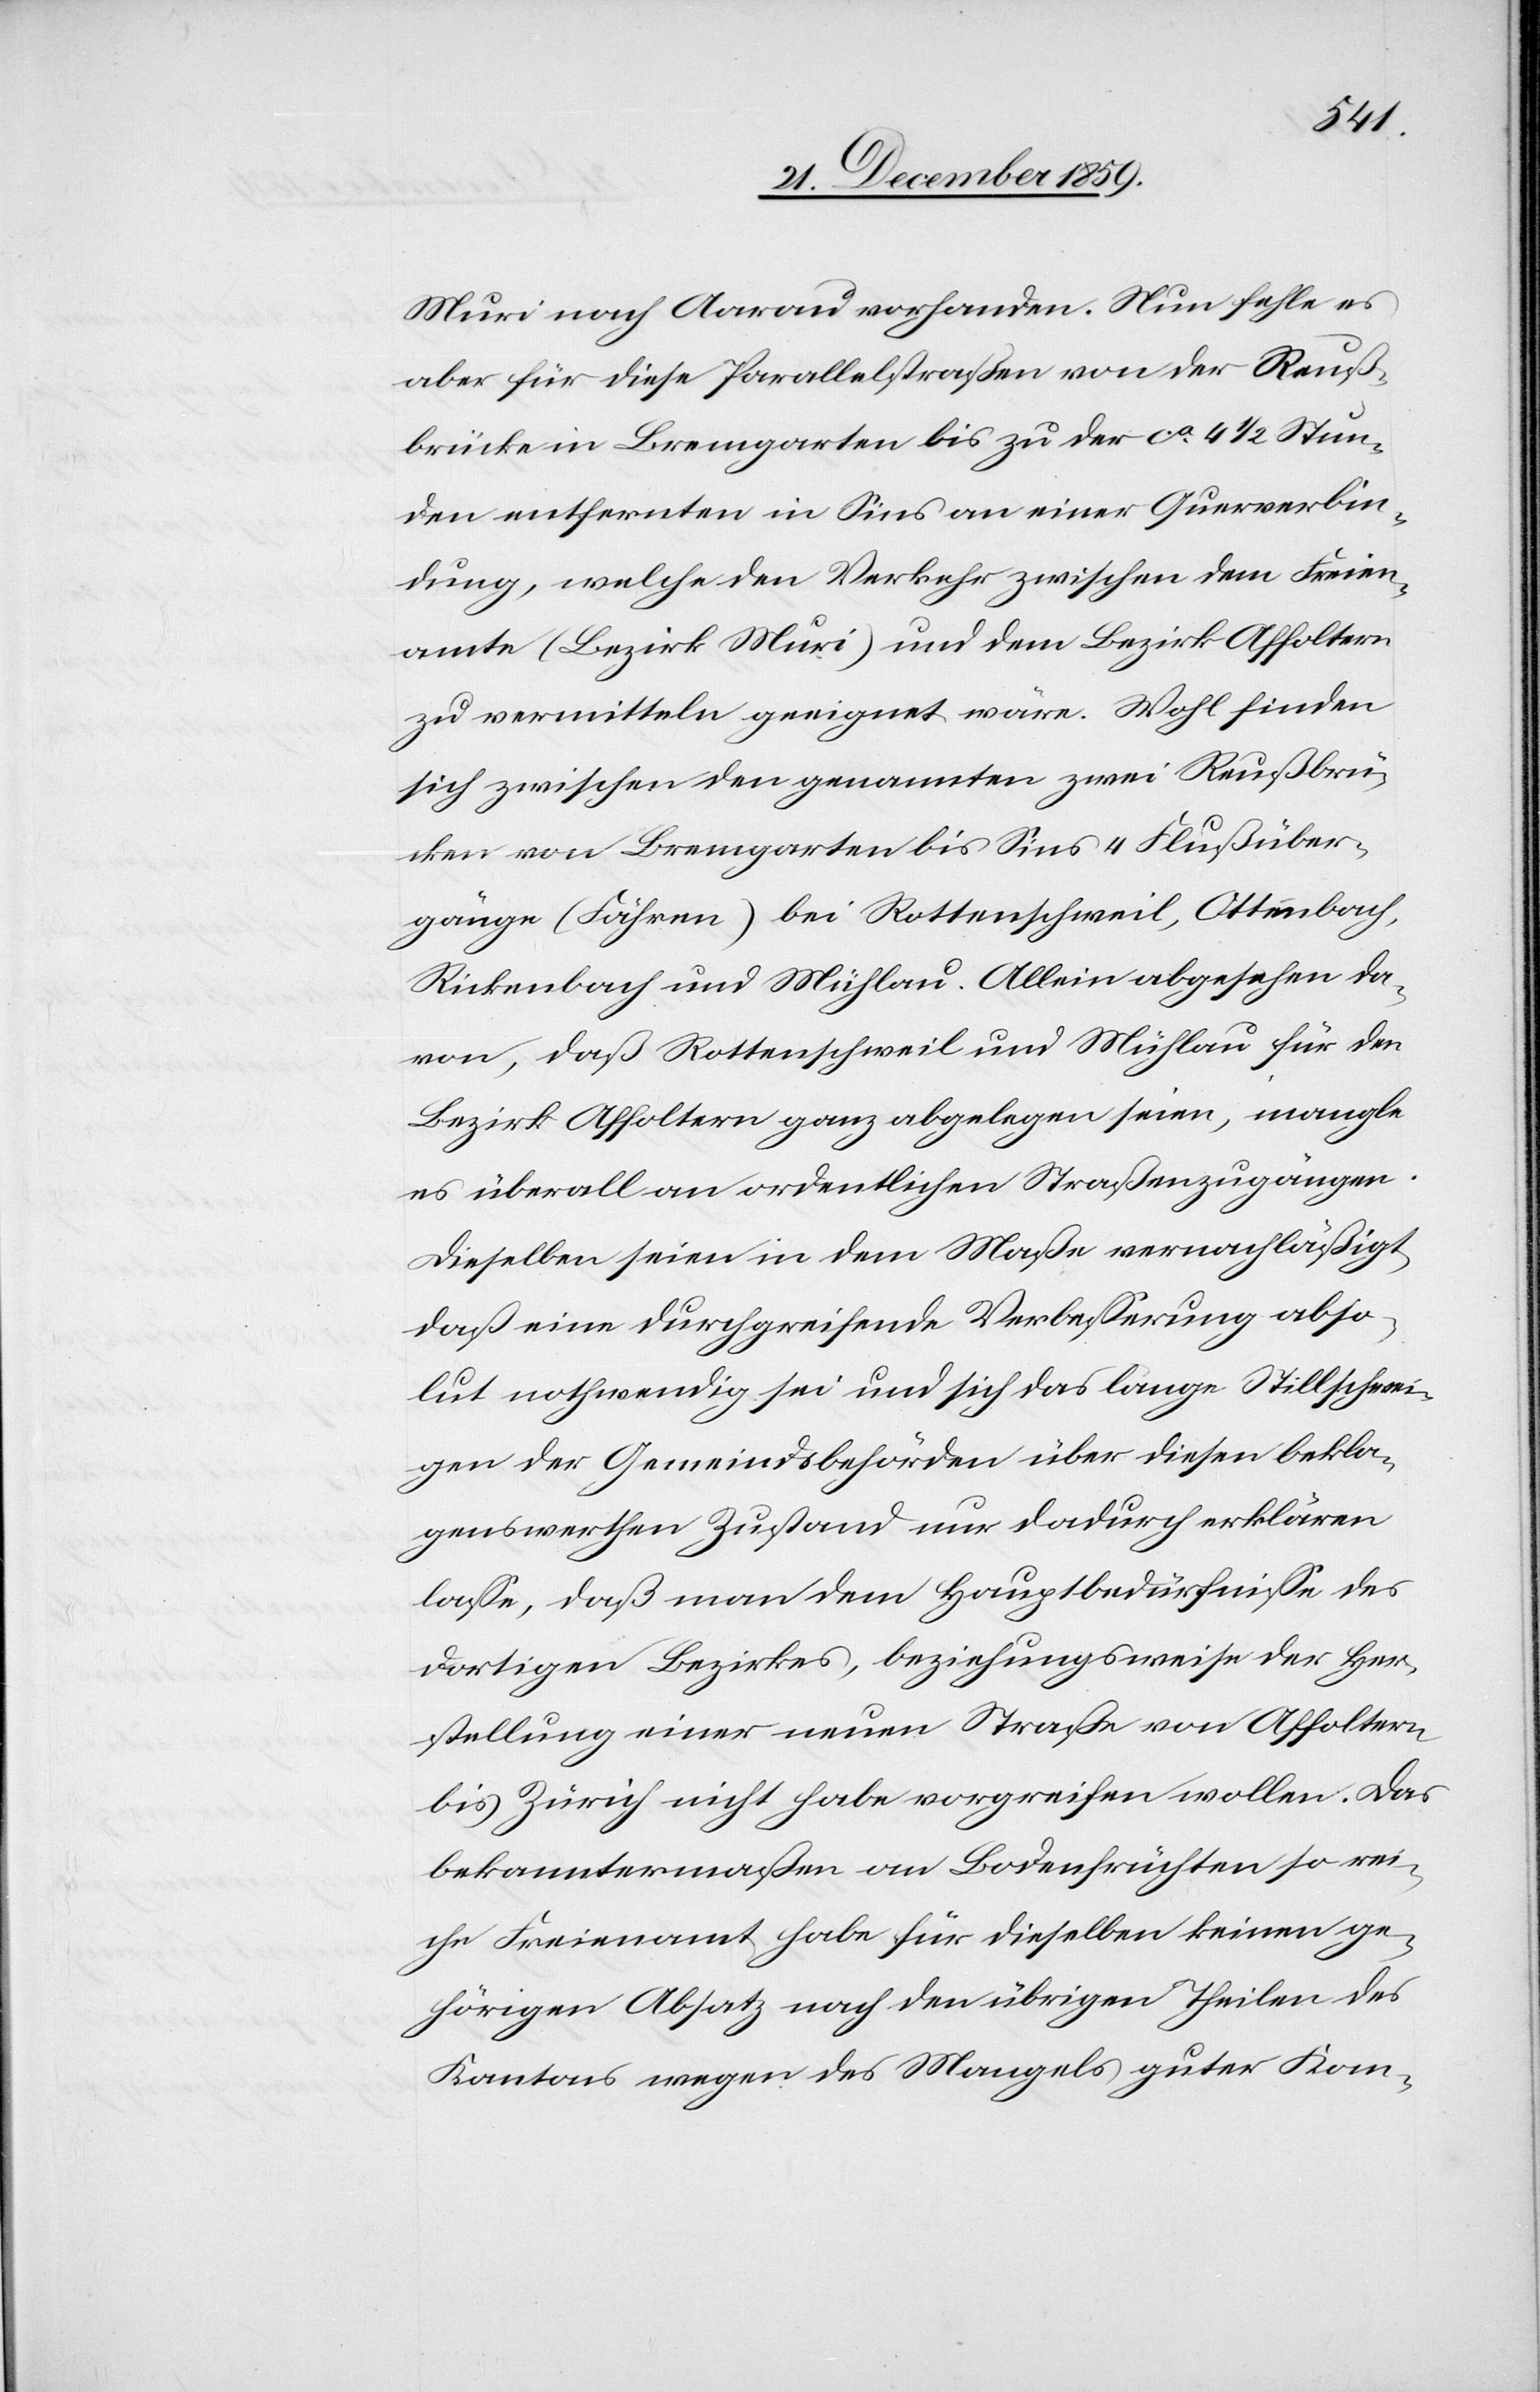
Muri nach Aarau vorhanden. Nun fehle es
aber für diese Parallelstraßen von der Reuß¬
brücke in Bremgarten bis zu der ca. 4 1/2 Stun¬
den entfernten in Sins an einer Querverbin¬
dung, welche der Verkehr zwischen dem Freien¬
amte (Bezirk Muri) und dem Bezirk Affoltern
zu vermitteln geeignet wäre. Wohl finden
sich zwischen den genannten zwei Reußbrü¬
cken von Bremgarten bis Sins 4 Flußüber¬
gänge (Fähren) bei Rottenschweil, Ottenbach,
Rickenbach und Mühlau. Allein abgesehen da¬
von, daß Rottenschweil und Mühlau für den
Bezirk Affoltern ganz abgelegen seien, mangle
es überall an ordentlichen Straßenzugängen.
Dieselben seien in dem Maße vernachläßigt,
daß eine durchgreifende Verbesserung abso¬
lut nothwendig sei und sich das lange Stillschwei¬
gen der Gemeindsbehörden über diesen bekla¬
genswerthen Zustand nur dadurch erklären
lasse, daß man dem Hauptbedürfnisse des
dortigen Bezirkes, beziehungsweise der Her¬
stellung einer neuen Straße von Affoltern
bis Zürich nicht habe vorgreifen wollen. Das
bekanntermaßen an Bodenfrüchten so rei¬
che Freienamt habe für dieselben keinen ge¬
hörigen Absatz nach den übrigen Theilen des
Kantons wegen des Mangels guter Kom-